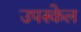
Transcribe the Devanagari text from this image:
उपस्केल